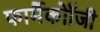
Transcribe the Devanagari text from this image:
फार्मैकोॉजी